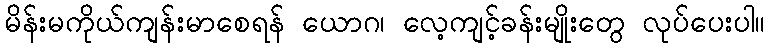
မိန်းမကိုယ်ကျန်းမာစေရန် ယောဂ၊ လေ့ကျင့်ခန်းမျိုးတွေ လုပ်ပေးပါ။